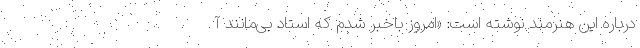
درباره این هنرمند نوشته است: «امروز باخبر شدم که استاد بی‌مانند آ